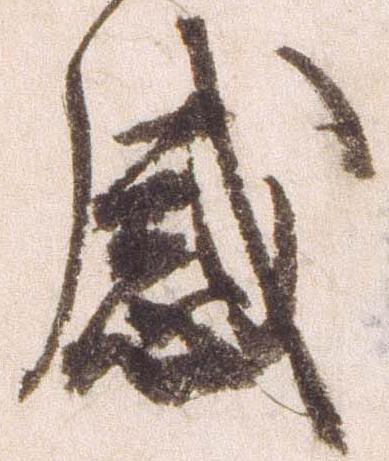
感